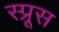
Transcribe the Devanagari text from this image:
स्‍प्रूस